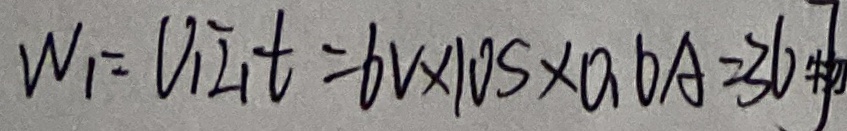
W _ { 1 } = V _ { 1 } I _ { 1 } t = 6 V \times 1 0 S \times 0 . 6 A = 3 6 J